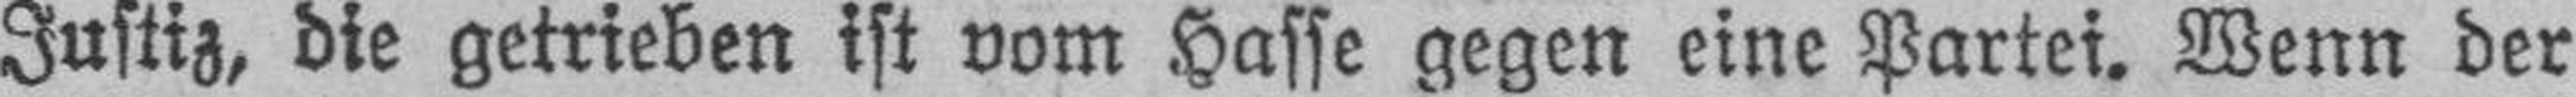
Justiz, die getrieben ist vom Hasse gegen eine Partei. Wenn der